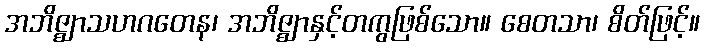
အဘိဇ္ဈာသဟဂတေန၊ အဘိဇ္ဈာနှင့်တကွဖြစ်သော။ စေတသာ၊ စိတ်ဖြင့်။